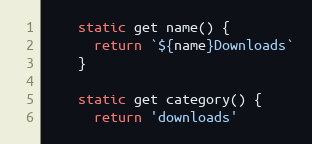
Language: JavaScript
    static get name() {
      return `${name}Downloads`
    }

    static get category() {
      return 'downloads'